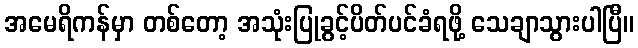
အမေရိကန်မှာ တစ်တော့ အသုံးပြုခွင့်ပိတ်ပင်ခံရဖို့ သေချာသွားပါပြီ။